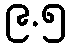
၉.၅